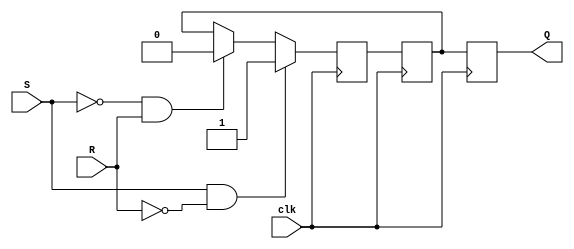
module sr_ff (
    input S, R, clk,
    output reg Q
);

reg Q_m, Q_s;

always @(posedge clk)
begin
    if (S & ~R) // Set
        Q_m <= 1;
    else if (~S & R) // Reset
        Q_m <= 0;
    else // Hold
        Q_m <= Q_s;
end

always @(negedge clk)
begin
    Q_s <= Q_m;
    Q <= Q_s;
end

endmodule